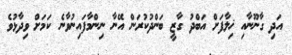
އަދި ގާނޫނާއި ޚިލާފަށް އަބްދު ގާޒީ ބަންދުކުރަން އޭނާ ނިންމާފައިނުވާނެ ކަމަށް ވިދާޅުވެ